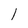
Character: l